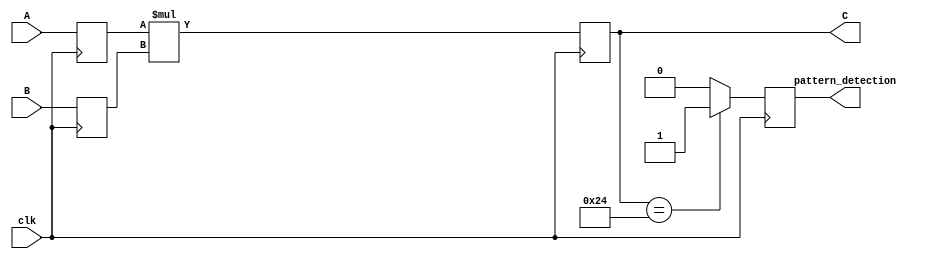
`timescale 1ns / 1ps

module Pattern_detect#(parameter input_1_width=10,
                       parameter input_2_width=10,
                       parameter output_width=20,
                       parameter pattern=20'd36)(
    input clk,
    input [input_1_width:0] A,
    input [input_2_width:0] B,
    output  [output_width:0] C,
    output reg pattern_detection
);

reg [output_width:0] ab;


// Pattern detect mask
reg [input_1_width:0] A1;
reg [input_2_width:0] B1;


always @(posedge clk) begin
A1 <= A;
B1 <= B;
end

always @(posedge clk) begin
      
    ab <= A1 * B1 ; 

    if (ab == pattern ) begin
        pattern_detection <= 1'b1; 
    end else begin
        pattern_detection <= 1'b0;
    end
end

assign C = ab;
endmodule